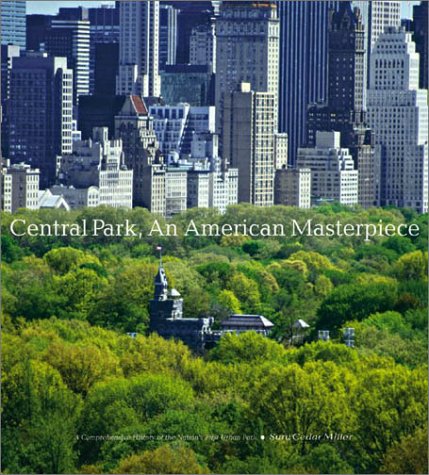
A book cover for Central Park, An American Masterpiece: A Comprehensive History of the Nation's First Urban Park; Sara Cedar Miller; Crafts, Hobbies & Home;